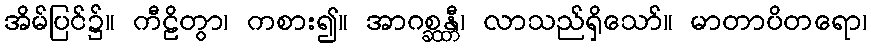
အိမ်ပြင်၌။ ကီဠိတွာ၊ ကစား၍။ အာဂစ္ဆန္တီ၊ လာသည်ရှိသော်။ မာတာပိတရော၊